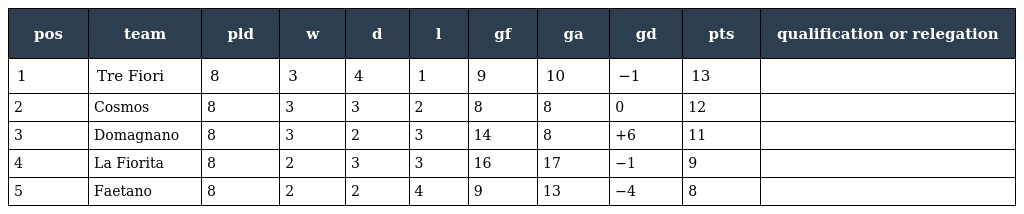
| pos | team | pld | w | d | l | gf | ga | gd | pts | qualification or relegation |
 | --- | --- | --- | --- | --- | --- | --- | --- | --- | --- | --- |
 | 1 | Tre Fiori | 8 | 3 | 4 | 1 | 9 | 10 | −1 | 13 |  |
 | 2 | Cosmos | 8 | 3 | 3 | 2 | 8 | 8 | 0 | 12 |  |
 | 3 | Domagnano | 8 | 3 | 2 | 3 | 14 | 8 | +6 | 11 |  |
 | 4 | La Fiorita | 8 | 2 | 3 | 3 | 16 | 17 | −1 | 9 |  |
 | 5 | Faetano | 8 | 2 | 2 | 4 | 9 | 13 | −4 | 8 |  |